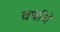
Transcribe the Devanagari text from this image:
वर्षाये